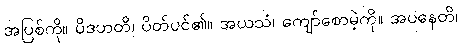
အပြစ်ကို။ ပိဒဟတိ၊ ပိတ်ပင်၏။ အယသံ၊ ကျော်စောမဲ့ကို။ အပနေတိ၊